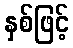
နှစ်ဖြင့်